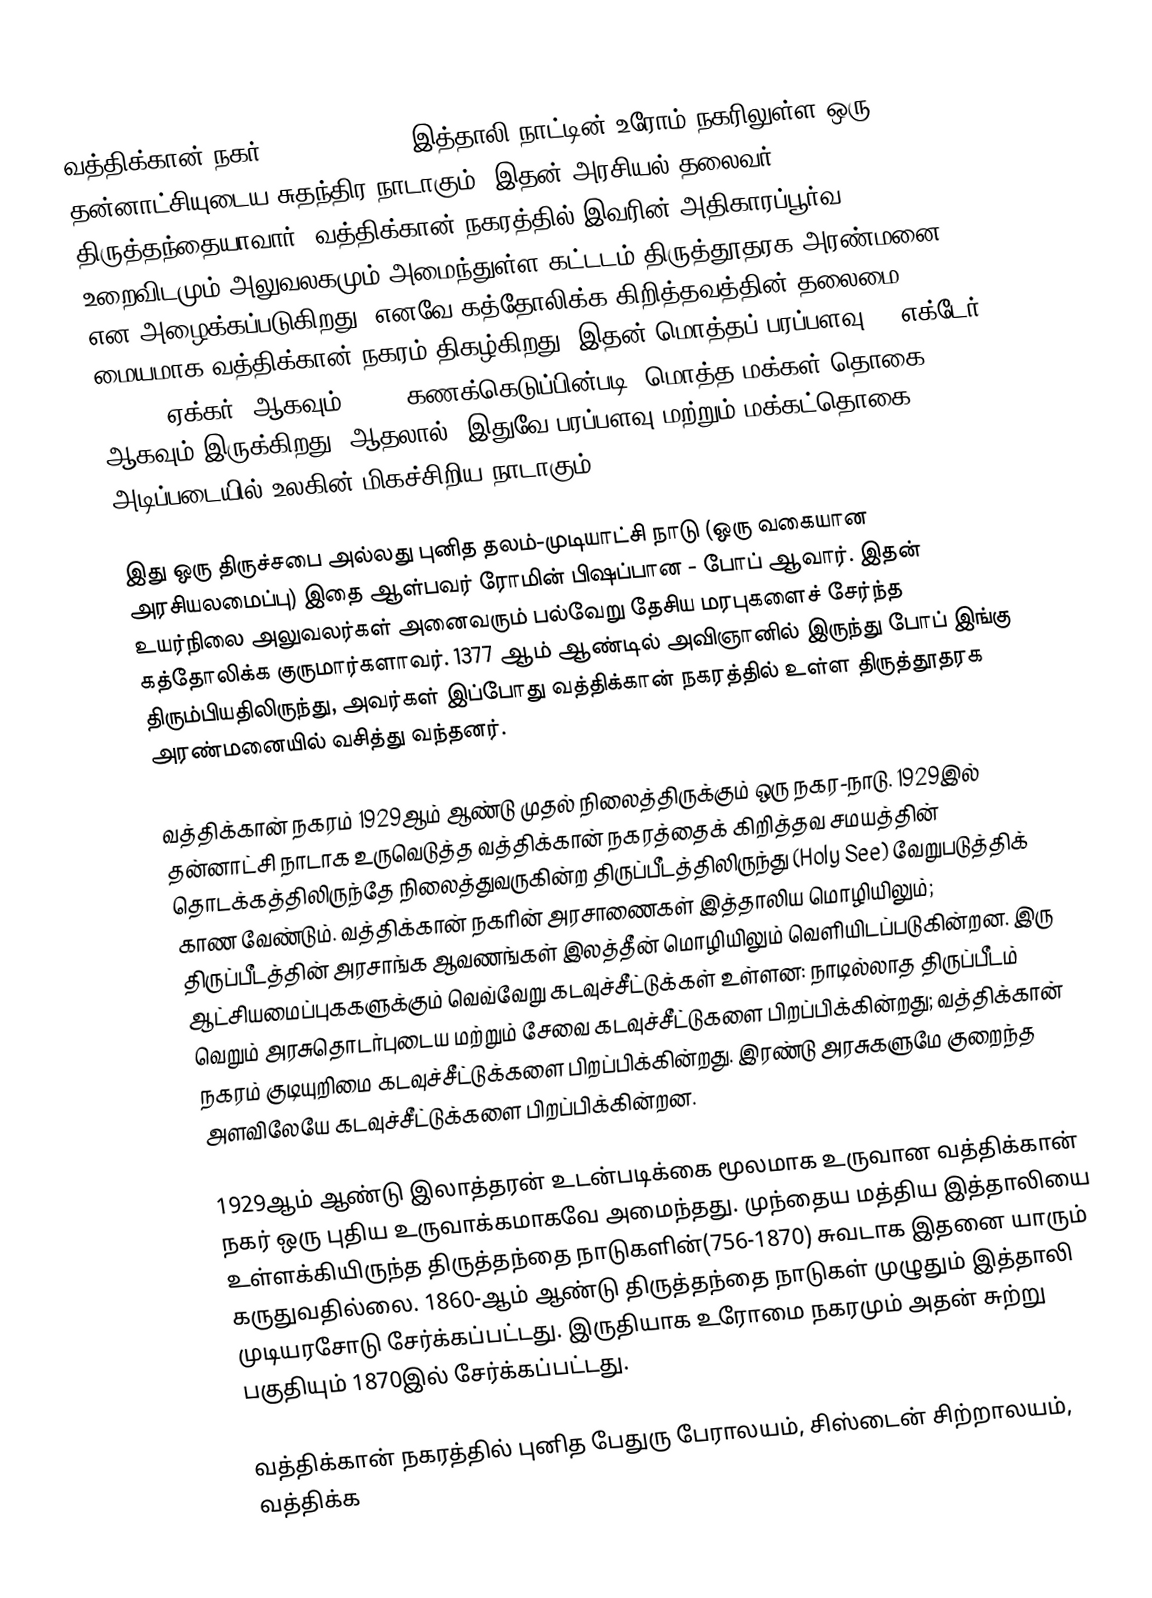
வத்திக்கான் நகர் (Vatican City) இத்தாலி நாட்டின் உரோம் நகரிலுள்ள ஒரு தன்னாட்சியுடைய சுதந்திர நாடாகும். இதன் அரசியல் தலைவர் திருத்தந்தையாவார். வத்திக்கான் நகரத்தில் இவரின் அதிகாரப்பூர்வ உறைவிடமும் அலுவலகமும் அமைந்துள்ள கட்டடம் திருத்தூதரக அரண்மனை என அழைக்கப்படுகிறது. எனவே கத்தோலிக்க கிறித்தவத்தின் தலைமை மையமாக வத்திக்கான் நகரம் திகழ்கிறது. இதன் மொத்தப் பரப்பளவு 44 எக்டேர் (108.7 ஏக்கர்) ஆகவும், 2017 கணக்கெடுப்பின்படி, மொத்த மக்கள் தொகை 1000 ஆகவும் இருக்கிறது. ஆதலால், இதுவே பரப்பளவு மற்றும் மக்கட்தொகை அடிப்படையில் உலகின் மிகச்சிறிய நாடாகும்.

இது ஒரு திருச்சபை  அல்லது புனித தலம்-முடியாட்சி  நாடு (ஒரு வகையான அரசியலமைப்பு) இதை ஆள்பவர் ரோமின் பிஷப்பான - போப் ஆவார். இதன் உயர்நிலை அலுவலர்கள் அனைவரும் பல்வேறு தேசிய மரபுகளைச் சேர்ந்த கத்தோலிக்க குருமார்களாவர். 1377 ஆம் ஆண்டில் அவிஞானில் இருந்து போப் இங்கு திரும்பியதிலிருந்து, அவர்கள் இப்போது வத்திக்கான் நகரத்தில் உள்ள திருத்தூதரக அரண்மனையில் வசித்து வந்தனர்.

வத்திக்கான் நகரம் 1929ஆம் ஆண்டு முதல் நிலைத்திருக்கும் ஒரு நகர-நாடு. 1929இல் தன்னாட்சி நாடாக உருவெடுத்த வத்திக்கான் நகரத்தைக் கிறித்தவ சமயத்தின் தொடக்கத்திலிருந்தே நிலைத்துவருகின்ற திருப்பீடத்திலிருந்து (Holy See) வேறுபடுத்திக் காண வேண்டும். வத்திக்கான் நகரின் அரசாணைகள் இத்தாலிய மொழியிலும்; திருப்பீடத்தின்  அரசாங்க ஆவணங்கள் இலத்தீன் மொழியிலும் வெளியிடப்படுகின்றன. இரு ஆட்சியமைப்புககளுக்கும் வெவ்வேறு கடவுச்சீட்டுக்கள் உள்ளன: நாடில்லாத திருப்பீடம் வெறும் அரசுதொடர்புடைய மற்றும் சேவை கடவுச்சீட்டுகளை பிறப்பிக்கின்றது; வத்திக்கான் நகரம் குடியுறிமை கடவுச்சீட்டுக்களை பிறப்பிக்கின்றது. இரண்டு அரசுகளுமே குறைந்த அளவிலேயே கடவுச்சீட்டுக்களை பிறப்பிக்கின்றன.

1929ஆம்  ஆண்டு இலாத்தரன் உடன்படிக்கை மூலமாக உருவான வத்திக்கான் நகர் ஒரு புதிய உருவாக்கமாகவே அமைந்தது. முந்தைய மத்திய இத்தாலியை உள்ளக்கியிருந்த திருத்தந்தை நாடுகளின்(756-1870) சுவடாக இதனை யாரும் கருதுவதில்லை. 1860-ஆம் ஆண்டு திருத்தந்தை நாடுகள் முழுதும் இத்தாலி முடியரசோடு சேர்க்கப்பட்டது. இருதியாக உரோமை நகரமும் அதன் சுற்று பகுதியும் 1870இல் சேர்க்கப்பட்டது.

வத்திக்கான் நகரத்தில் புனித பேதுரு பேராலயம், சிஸ்டைன் சிற்றாலயம், வத்திக்க